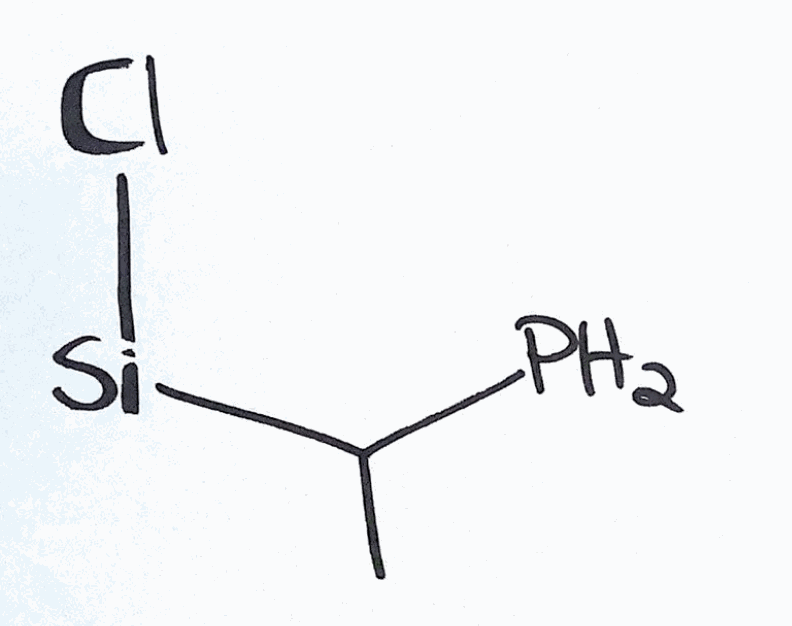
Simplified molecular-input line-entry system (SMILES) notation of the given molecule:
CC([Si]Cl)P